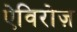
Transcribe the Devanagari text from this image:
ऐविरोज़